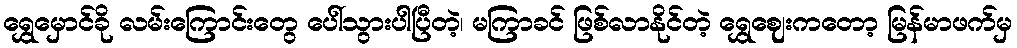
ရွှေမှောင်ခို လမ်းကြောင်းတွေ ပေါ်သွားပါပြီတဲ့၊ မကြာခင် ဖြစ်လာနိုင်တဲ့ ရွှေဈေးကတော့ မြန်မာဖက်မှ